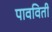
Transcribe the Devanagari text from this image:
पावविती